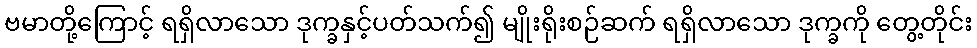
ဗမာတို့ကြောင့် ရရှိလာသော ဒုက္ခနှင့်ပတ်သက်၍ မျိုးရိုးစဉ်ဆက် ရရှိလာသော ဒုက္ခကို တွေ့တိုင်း